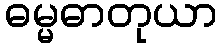
ဓမ္မဓာတုယာ